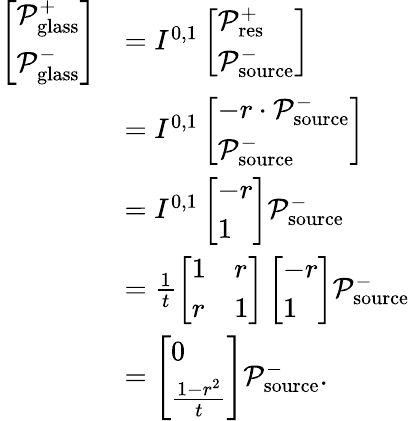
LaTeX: \begin{array}{rl}{\left[\begin{array}{l}{\mathcal{P}_{\mathrm{glass}}^{+}}\\ {\mathcal{P}_{\mathrm{glass}}^{-}}\end{array}\right]}&{=I^{0,1}\left[\begin{array}{l}{\mathcal{P}_{\mathrm{res}}^{+}}\\ {\mathcal{P}_{\mathrm{source}}^{-}}\end{array}\right]}\\ &{=I^{0,1}\left[\begin{array}{l}{-r\cdot\mathcal{P}_{\mathrm{source}}^{-}}\\ {\mathcal{P}_{\mathrm{source}}^{-}}\end{array}\right]}\\ &{=I^{0,1}\left[\begin{array}{l}{-r}\\ {1}\end{array}\right]\mathcal{P}_{\mathrm{source}}^{-}}\\ &{=\frac{1}{t}\left[\begin{array}{ll}{1}&{r}\\ {r}&{1}\end{array}\right]\left[\begin{array}{l}{-r}\\ {1}\end{array}\right]\mathcal{P}_{\mathrm{source}}^{-}}\\ &{=\left[\begin{array}{l}{0}\\ {\frac{1-r^{2}}{t}}\end{array}\right]\mathcal{P}_{\mathrm{source}}^{-}.}\end{array}